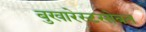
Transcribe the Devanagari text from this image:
बुखारेस्टसोबत